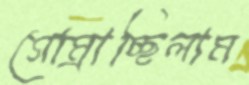
গোম্‌রাচ্ছিলাম